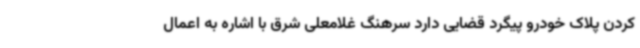
کردن پلاک خودرو پیگرد قضایی دارد سرهنگ غلامعلی شرق با اشاره به اعمال